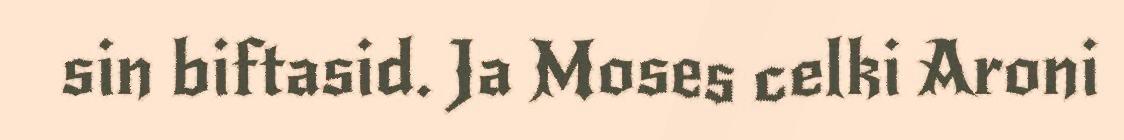
sin biftasid. Ja Moses celki Aroni